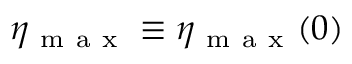
\eta _ { \mathrm { ~ m ~ a ~ x ~ } } \equiv \eta _ { \mathrm { ~ m ~ a ~ x ~ } } ( 0 )